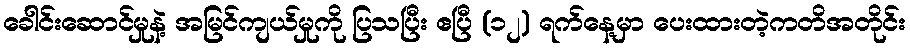
ခေါင်းဆောင်မှုနဲ့ အမြင်ကျယ်မှုကို ပြသပြီး ဧပြီ (၁၂) ရက်နေ့မှာ ပေးထားတဲ့ကတိအတိုင်း